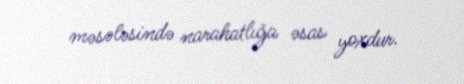
məsələsində narahatlığa əsas yoxdur.